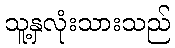
သူ့နှလုံးသားသည်